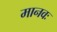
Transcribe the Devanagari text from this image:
मानवः